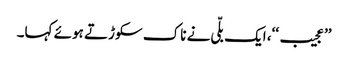
’’عجیب‘‘، ایک بلّی نے ناک سکوڑتے ہوئے کہا۔